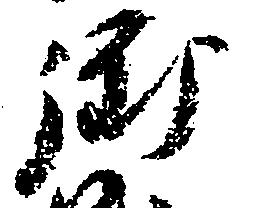
御